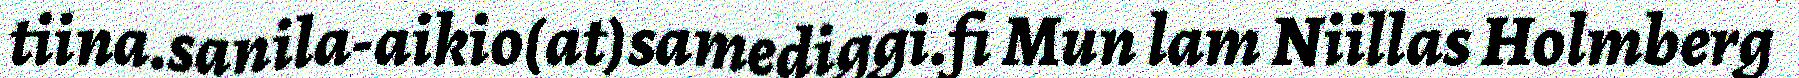
tiina.sanila-aikio(at)samediggi.fi Mun lam Niillas Holmberg